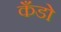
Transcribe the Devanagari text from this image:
कँडो